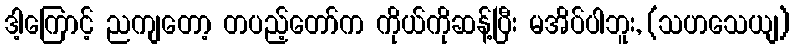
ဒါ့ကြောင့် ညကျတော့ တပည့်တော်က ကိုယ်ကိုဆန့်ပြီး မအိပ်ပါဘူး, (သဟသေယျ)